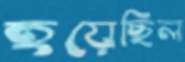
হয়েছিল